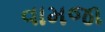
વામજા